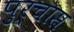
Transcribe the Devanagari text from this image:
पुर्चास